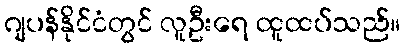
ဂျပန်နိုင်ငံတွင် လူဦးရေ ထူထပ်သည်။